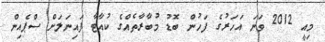
މިއީ 2012 ވަނަ އަހަރުގެ ފަހުން ބޮޑު މުބާރާތެއްގެ ކުއާޓާ ފައިނަލަށް ސްޕެއިން